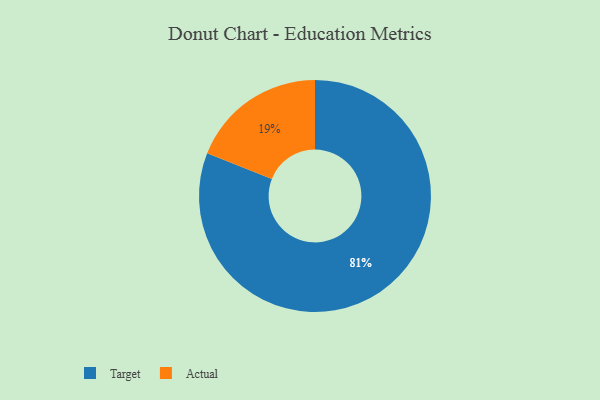
{"axis": {"x": "Category", "y": "Percentage"}, "legend": ["Actual", "Target"], "data": [{"x": "Actual", "y": 19, "type": "Actual"}, {"x": "Target", "y": 81, "type": "Target"}]}